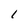
Character: l